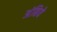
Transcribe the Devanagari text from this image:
अंबिये